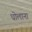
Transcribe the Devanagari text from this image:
धोलाना